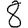
Digit: 8